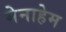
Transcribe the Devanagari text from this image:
मेनाहेम